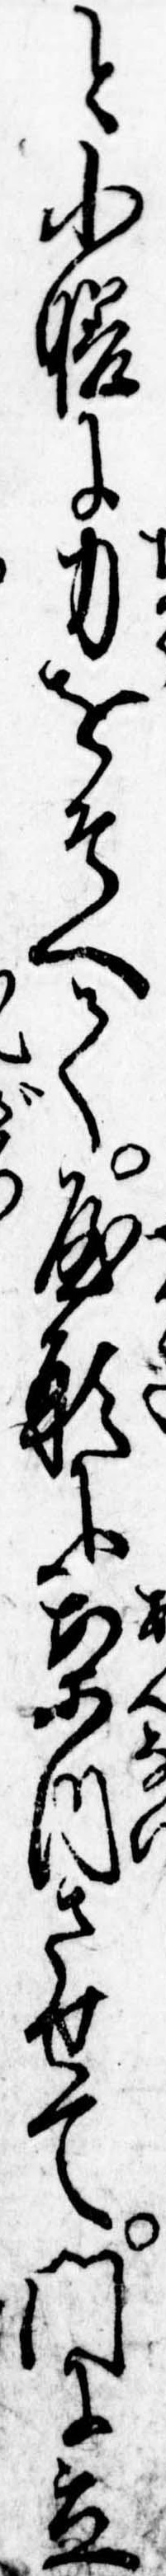
と小膳に力をそへて屋形に案内させて門に立